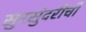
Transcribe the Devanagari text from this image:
सुरसुंदरींची